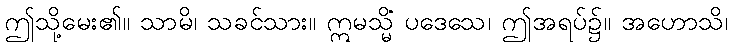
ဤသို့မေး၏။ သာမိ၊ သခင်သား။ ဣမသ္မိံ ပဒေသေ၊ ဤအရပ်၌။ အဟောသိ၊